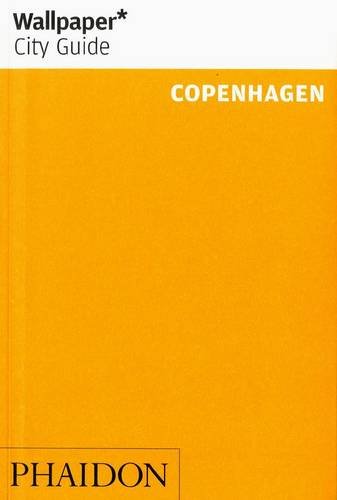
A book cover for Wallpaper* City Guide Copenhagen 2014 (Wallpaper City Guides); Travel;